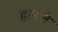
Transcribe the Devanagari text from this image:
हार्नले